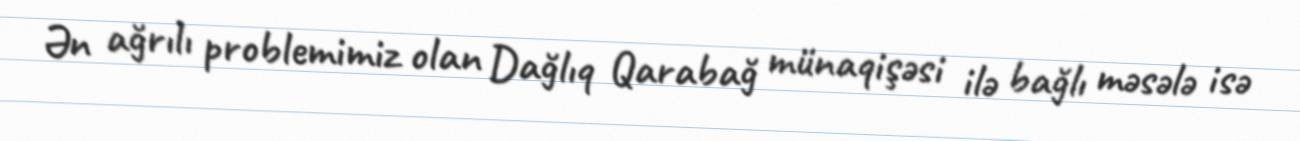
Ən ağrılı problemimiz olan Dağlıq Qarabağ münaqişəsi ilə bağlı məsələ isə